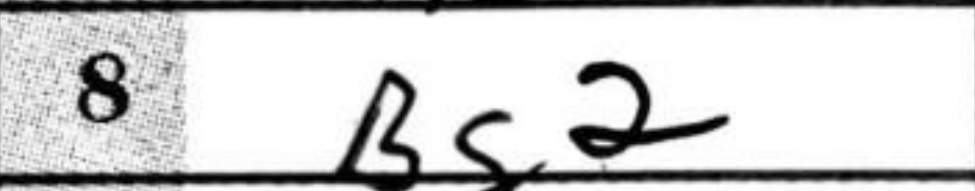
Transcription: Bg2